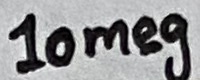
Text: 10meg